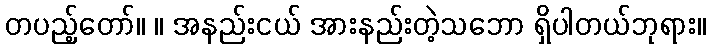
တပည့်တော်။ ။ အနည်းငယ် အားနည်းတဲ့သဘော ရှိပါတယ်ဘုရား။